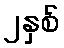
၂နှစ်